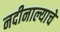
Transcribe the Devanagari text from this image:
नदीनाल्याचे